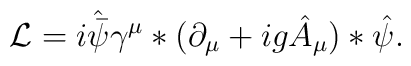
{\cal L}=i\hat{\bar \psi }\gamma ^\mu *(\partial _\mu +ig\hat A_\mu )*\hat \psi.